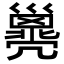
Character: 𢀈